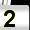
Digit: 2